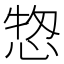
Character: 𢜓